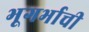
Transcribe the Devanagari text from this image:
भूगर्भाची